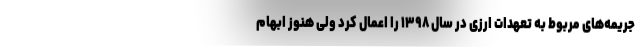
جریمه‌های مربوط به تعهدات ارزی در سال ۱۳۹۸ را اعمال کرد ولی هنوز ابهام